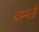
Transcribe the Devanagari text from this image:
बाग्मती